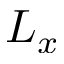
L _ { x }